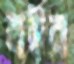
বইব